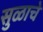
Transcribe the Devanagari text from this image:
सुळाचे